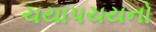
ચયાપચયનો